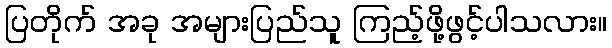
ပြတိုက် အခု အများပြည်သူ ကြည့်ဖို့ဖွင့်ပါသလား။